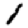
Digit: 1